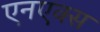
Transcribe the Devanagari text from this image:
एनएक्स